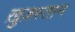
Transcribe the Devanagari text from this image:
ख़ुज़स्तान